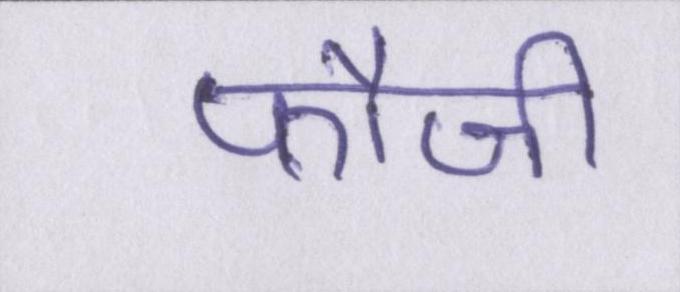
फौजी